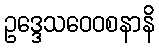
ဥဒ္ဒေသဝေဝစနာနိ